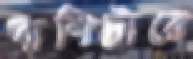
বাশিটারে